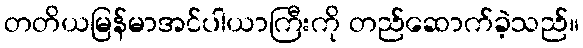
တတိယမြန်မာအင်ပါယာကြီးကို တည်ဆောက်ခဲ့သည်။